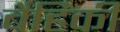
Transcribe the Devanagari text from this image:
बैहिकी